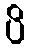
ပိ